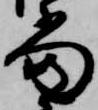
当